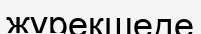
жүрекшеде